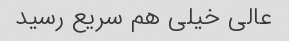
عالی خیلی هم سریع رسید